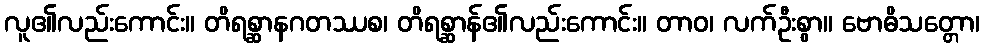
လူ၏လည်းကောင်း။ တိရစ္ဆာနဂတဿစ၊ တိရစ္ဆာန်၏လည်းကောင်း။ တာဝ၊ လက်ဦးစွာ။ ဗောဓိသတ္တော၊